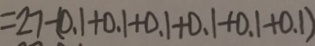
= 2 7 - ( 0 . 1 + 0 . 1 + 0 . 1 + 0 . 1 + 0 . 1 + 0 . 1 )